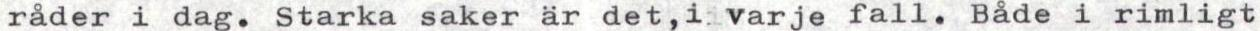
råder i dag. Starka saker är det,iivarje fall. Både i rimligt